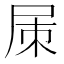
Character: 㞖